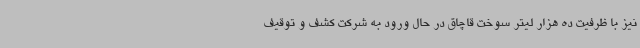
نیز با ظرفیت ده هزار لیتر سوخت قاچاق در حال ورود به شرکت کشف و توقیف